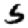
Digit: 5